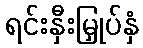
ရင်းနှီးမြှုပ်နှံ